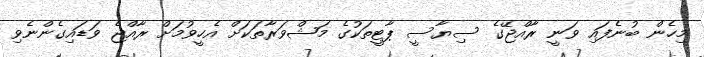
މިހެން ބުނެފައި ވަނީ ރާއްޖޭގެ ސިޔާސީ ޕާޓީތަކުގެ މަޝްވަރާތަކަށް އެހީވުމަށް ރާއްޖެ ވަޑައިގެންނެވި